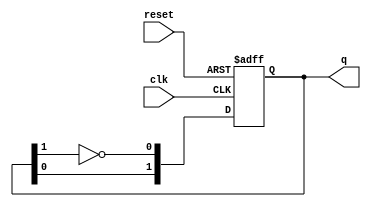
module johnson_counter #(
    parameter N = 2  // Number of flip-flops (adjustable)
) (
    input wire clk,      // Clock signal
    input wire reset,    // Reset signal
    output reg [N-1:0] q // Output state
);

    // Internal signal for feedback
    wire feedback;

    // Assign feedback as the complement of the last flip-flop output
    assign feedback = ~q[N-1];

    // Sequential logic for the Johnson counter
    always @(posedge clk or posedge reset) begin
        if (reset) begin
            // Reset all flip-flops to 0
            q <= {N{1'b0}};
        end else begin
            // Shift the states according to the Johnson counter logic
            q <= {q[N-2:0], feedback};
        end
    end

endmodule